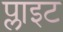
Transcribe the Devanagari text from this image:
प्लाइट